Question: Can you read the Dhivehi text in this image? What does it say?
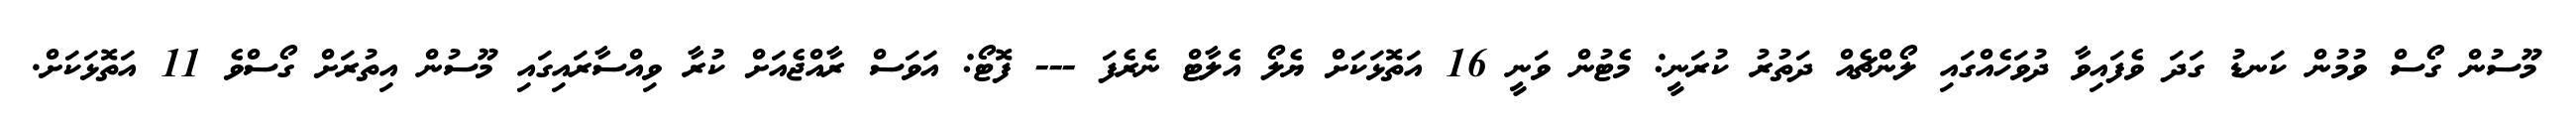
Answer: މޫސުން ގޯސް ވުމުން ކަނޑު ގަދަ ވެފައިވާ ދުވަހެއްގައި ލޯންޗެއް ދަތުރު ކުރަނީ: މެޓުން ވަނީ 16 އަތޮޅަކަށް ޔެލޯ އެލާޓް ނެރެފަ --- ފޮޓޯ: އަވަސް ރާއްޖެއަށް ކުރާ ވިއްސާރައިގައި މޫސުން އިތުރަށް ގޯސްވެ 11 އަތޮޅަކަށް.